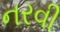
નરવી